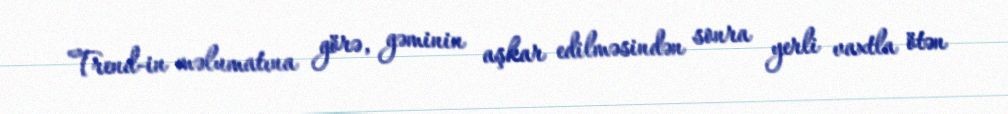
Trend-in məlumatına görə, gəminin aşkar edilməsindən sonra yerli vaxtla ötən